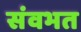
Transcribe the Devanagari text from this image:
संवभत